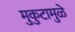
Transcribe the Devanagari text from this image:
मुकुटामुळे